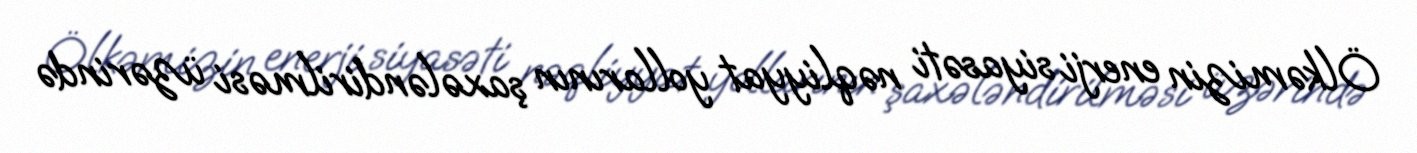
Ölkəmizin enerji siyasəti nəqliyyat yollarının şaxələndirilməsi üzərində